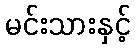
မင်းသားနှင့်